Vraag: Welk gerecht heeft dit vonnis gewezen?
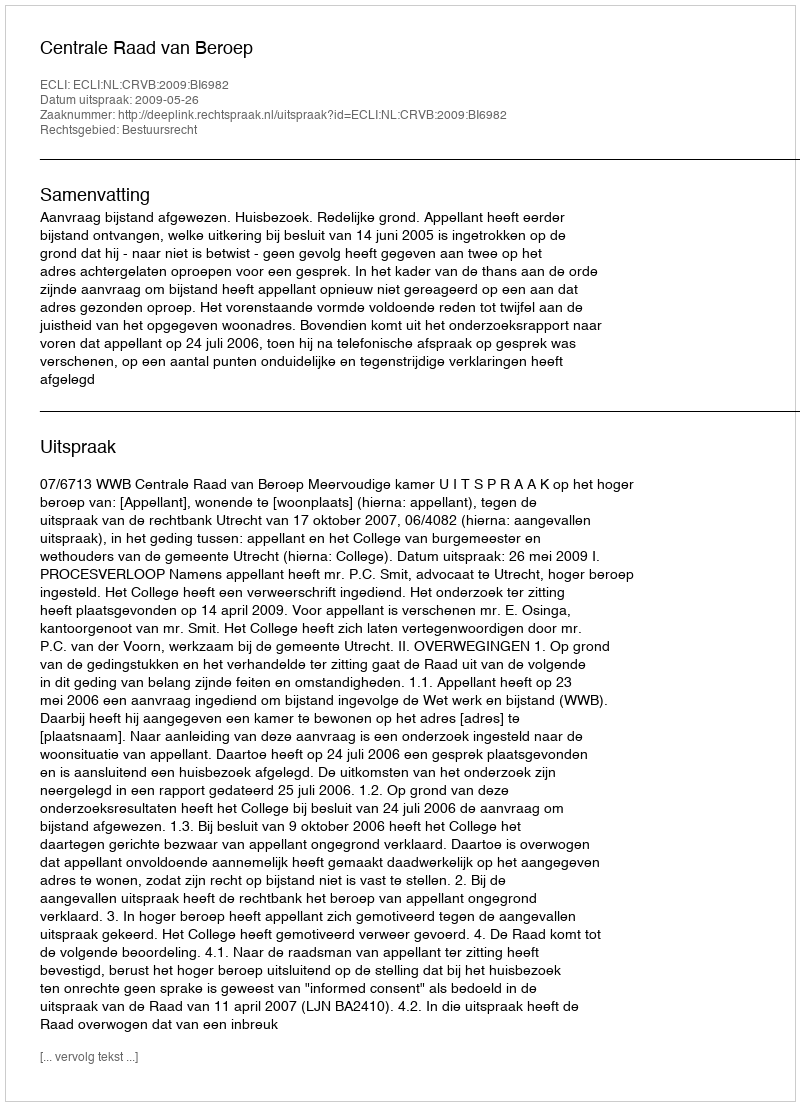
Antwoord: Centrale Raad van Beroep